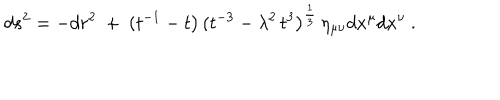
d s ^ { 2 } = - d r ^ { 2 } ~ + ~ ( t ^ { - 1 } - t \big ) \, ( t ^ { - 3 } - \lambda ^ { 2 } \, t ^ { 3 } \big ) ^ { \frac { 1 } { 3 } } \, \eta _ { \mu \nu } d x ^ { \mu } d x ^ { \nu } \ .